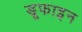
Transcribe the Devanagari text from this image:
डूफाइन